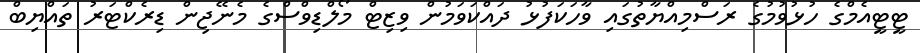
ޓީޓީއެމްގެ ހުޅުވުމުގެ ރަސްމިއްޔާތުގައި ވާހަކަފުޅު ދައްކަވަމުން ވިޒިޓް މޯލްޑިވްސްގެ މެނޭޖިން ޑިރެކްޓަރު ތައްޔިބް